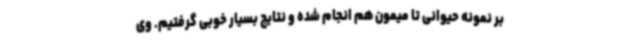
بر نمونه حیوانی تا میمون هم انجام شده و نتایج بسیار خوبی گرفتیم. وی